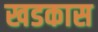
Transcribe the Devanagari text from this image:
खडकास